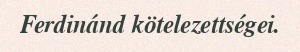
Ferdinánd kötelezettségei.